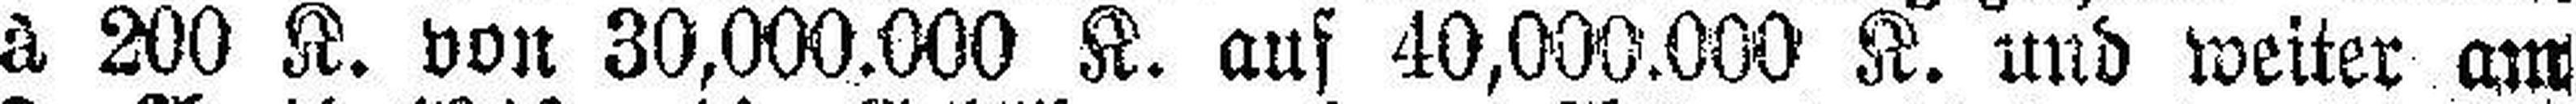
à 200 K. von 30,000.000 K. auf 40,000.000 K. und weiter am